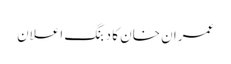
عمران خان کا دبنگ اعلان